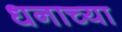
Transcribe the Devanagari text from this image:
धनाच्या